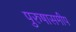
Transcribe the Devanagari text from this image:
पुरुषासमीप